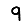
Digit: 9